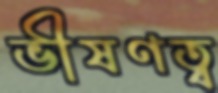
ভীষণত্ব